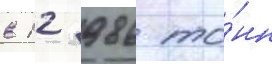
в 12 986 то́нн